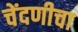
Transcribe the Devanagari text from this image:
चेंदणीचा